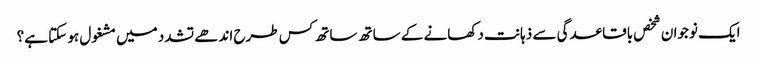
ایک نوجوان شخص باقاعدگی سے ذہانت دکھانے کے ساتھ ساتھ کس طرح اندھے تشدد میں مشغول ہو سکتا ہے؟